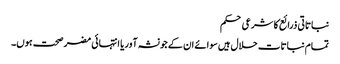
نباتاتی ذرائع کا شرعی حکم
تمام نباتات حلال ہیں سوائے ان کے جو نشہ آور یا انتہائی مضر صحت ہوں۔